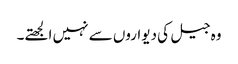
وہ جیل کی دیواروں سے نہیں الجھتے۔